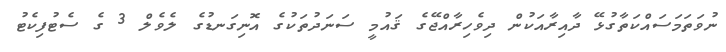
ނުވަތަމަސައްކަތާގުޅޭ ދާއިރާއަކުން ދިވެހިރާއްޖޭގެ ޤައުމީ ސަނަދުތަކުގެ އޮނިގަނޑުގެ ލެވެލް 3 ގެ ސެޓުފިކެޓު